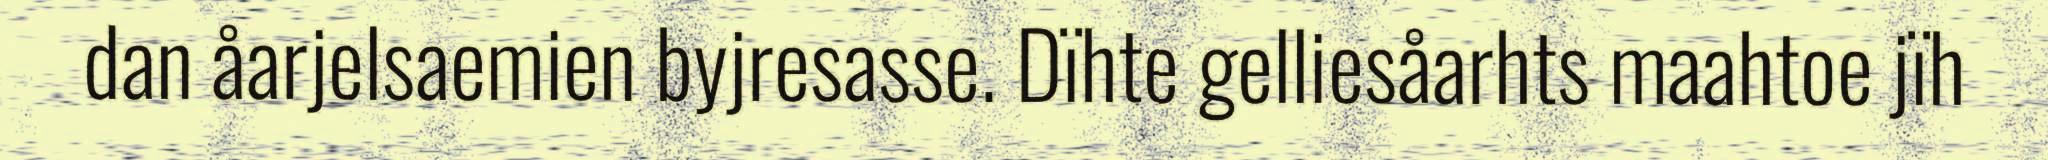
dan åarjelsaemien byjresasse. Dïhte gelliesåarhts maahtoe jïh